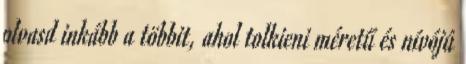
olvasd inkább a többit, ahol tolkieni méretű és ní­vójú